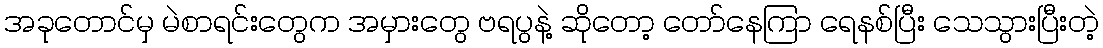
အခုတောင်မှ မဲစာရင်းတွေက အမှားတွေ ဗရပွနဲ့ ဆိုတော့ တော်နေကြာ ရေနစ်ပြီး သေသွားပြီးတဲ့